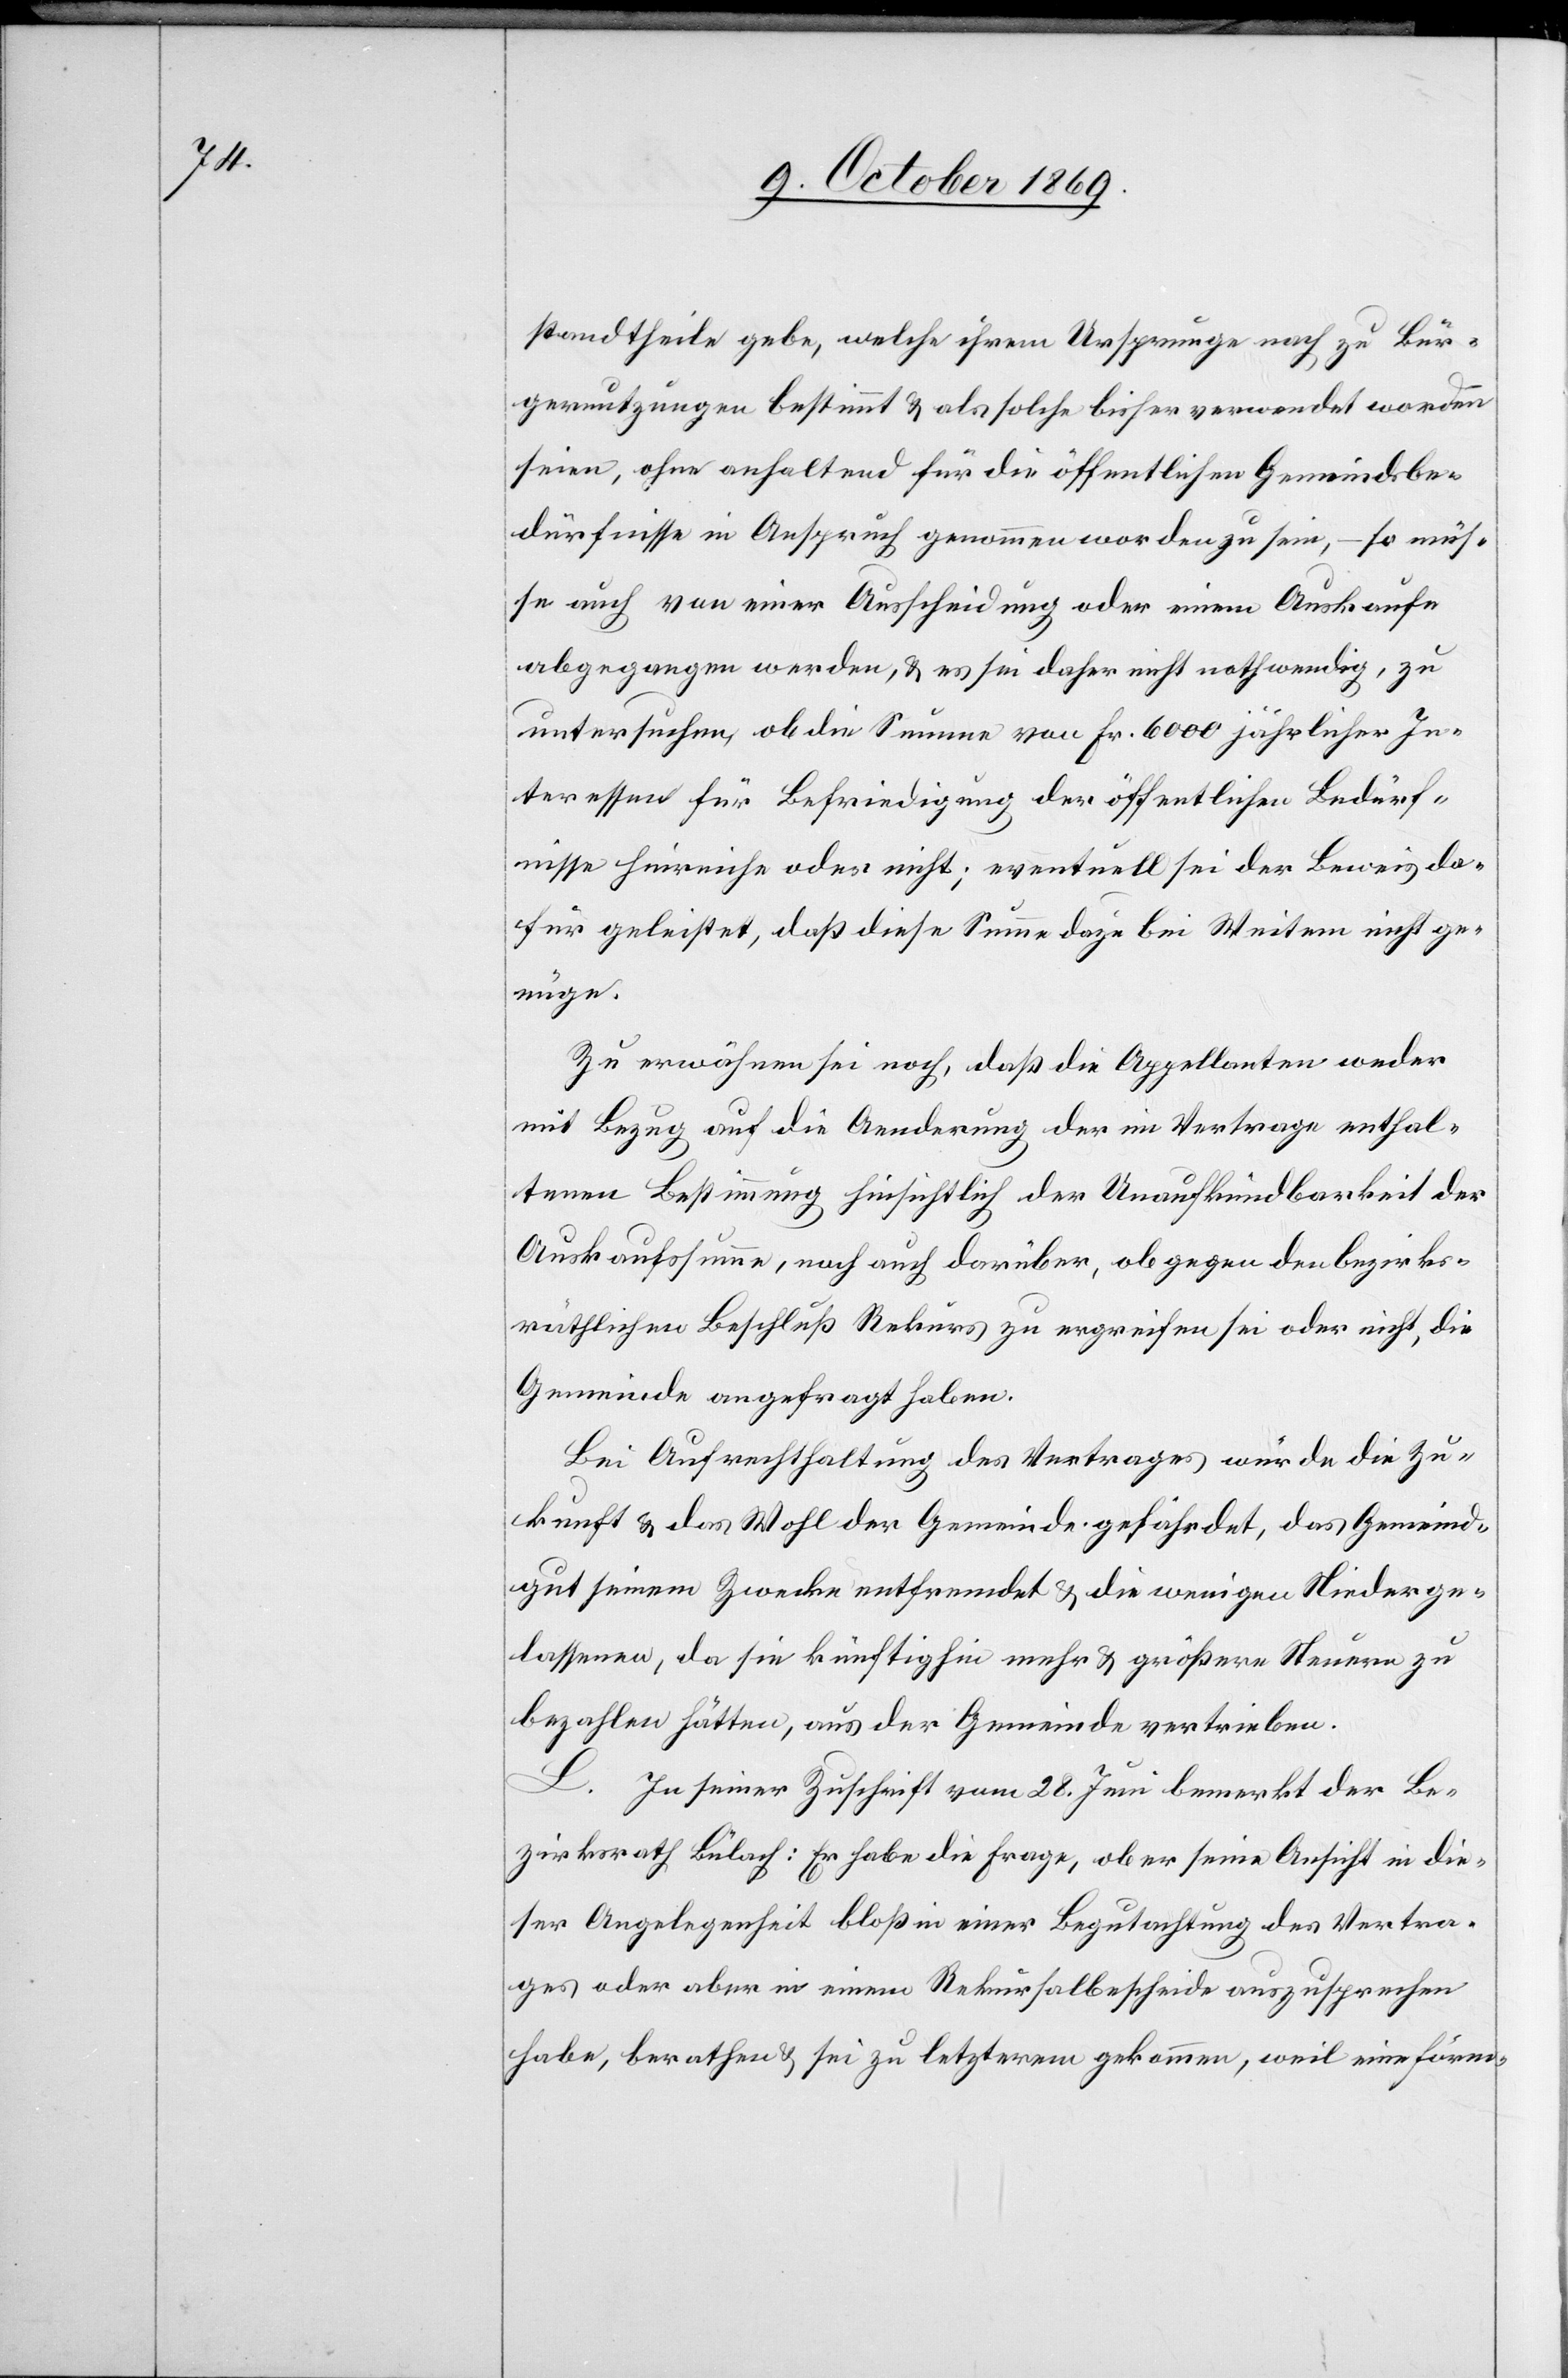
standtheile gebe, welche ihrem Ursprunge nach zu Bür¬
gernutzungen bestimmt & als solche bisher verwendet worden
seien, ohne anhaltend für die öffentlichen Gemeindsbe¬
dürfnisse in Anspruch genommen worden zu sein, – so müs¬
se auch von einer Ausscheidung oder einem Auskaufe
abgegangen werden, & es sei daher nicht nothwendig, zu
untersuchen, ob die Summe von Fr. 6000 jährlicher In¬
teressen für Befriedigung der öffentlichen Bedürf¬
nisse hinreiche oder nicht; eventuell sei der Beweis da¬
für geleistet, daß diese Summe dazu bei Weitem nicht ge¬
nüge.
Zu erwähnen sei noch, daß die Appellanten weder
mit Bezug auf die Aenderung der im Vertrage enthal¬
tenen Bestimmung hinsichtlich der Unaufkündbarkeit der
Auskaufssumme, noch auch darüber, ob gegen den bezirks¬
räthlichen Beschluß Rekurs zu ergreifen sei oder nicht, die
Gemeinde angefragt haben.
Bei Aufrechthaltung des Vertrages würde die Zu¬
kunft & das Wohl der Gemeinde gefährdet, das Gemein¬
gut seinem Zwecke entfremdet & die wenigen Niederge¬
lassenen, da sie künftighin mehr & größere Steuern zu
bezahlen hätten, aus der Gemeinde vertrieben.
L. In seiner Zuschrift vom 28. Juni bemerkt der Be¬
zirksrath Bülach: Er habe die Frage, ob er seine Ansicht in die¬
ser Angelegenheit bloß in einer Begutachtung des Vertra¬
ges oder aber in einem Rekursalbescheide auszusprechen
habe, berathen & sei zu letzterem gekommen, weil eine förm-